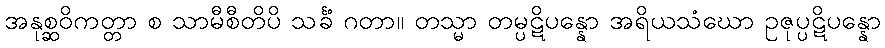
အနုစ္ဆဝိကတ္တာ စ သာမီစီတိပိ သင်္ခံ ဂတာ။ တသ္မာ တမ္ပဋိပန္နော အရိယသံဃော ဥဇုပ္ပဋိပန္နော